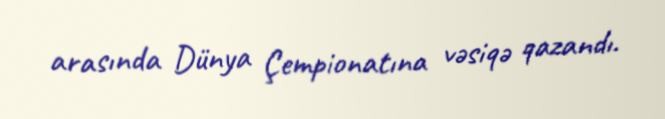
arasında Dünya Çempionatına vəsiqə qazandı.